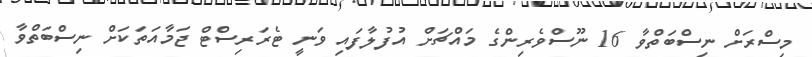
މިސްރަށް ނިސްބަތްވާ 16 ނޫސްވެރިންގެ މައްޗަށް އުފުލާފައި ވަނީ ޓެރަރިސްޓް ޖަމާއަތަކަށް ނިސްބަތްވާ